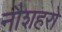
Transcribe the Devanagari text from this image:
नौशहरो